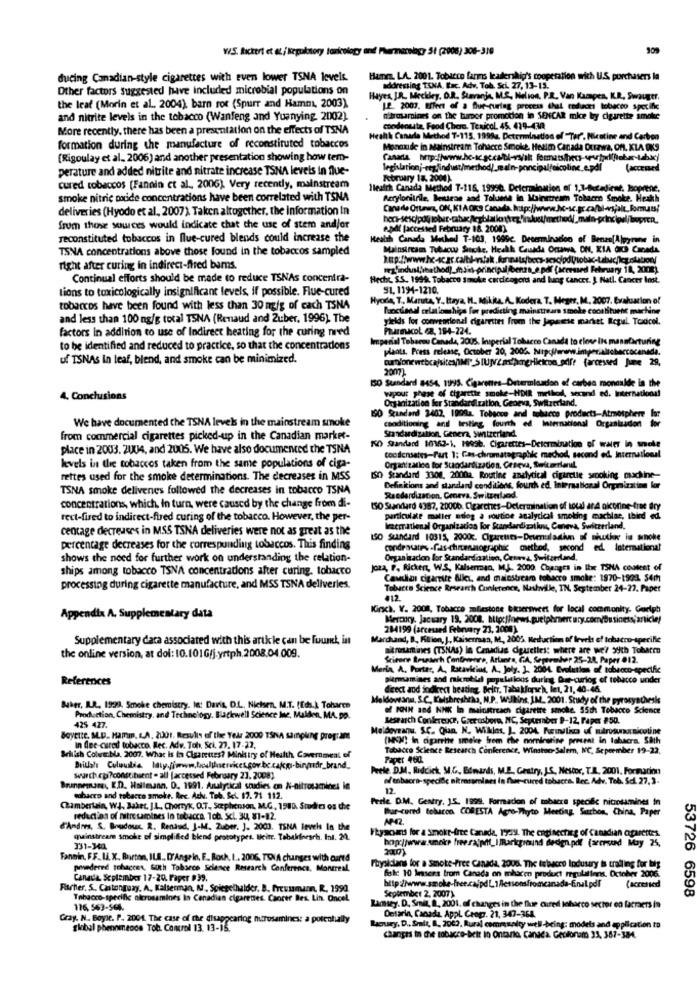
W.S. Rickert et at / krgukstory toxicology and Pharmacology 51 (2006) 308-319
dueing Canadian-style cigarettes with even lower TSNA levels.
Hames, LA. 2001. Tobacco farms leadership's cooperation with U.S. purchasers la
Other factors suggested have included microbial populations on
addressing TONA, Bac. Adv. Tob. Sci. 27, 13-15.
Hayes, JR. Meckley, D.R. Steranje, M.S. Nelion, P.R. Van Kacapes, KR, Swauger.
the leaf (Morin et al. 2004), barn rot (Spurr and Hamnt, 2003)
1.2. 2009. Effect of a Blue-curing process that reduces tobacco specific
and nitrite levels in the tobacco (Wanfeng and Yuanying. 2002)
mitrosarines on the turpor promotion in SENCAR mice bry cigarette smoke
More recently, there has been a presentation on the effects of TSNA
coodeousta, Food Chere. TenicoL 45. 419-430
Health Canada Method T-115. 1999a. Determination of "Ter", Nicotine and Carbon
formation during the manufacture of reconstituted tobaccos
Monoxide in Mainstream Tohacre Smoke. Hekim Canada Durawa, Of. KLA OKS
(Rigoulay et al. 2006) and another presentation showing how tem-
perature and added nitrite and nitrate increase TSNA levels in flue-
legislationj-regfindust/method)_saln-principalfolcoline_e.pdl
(accessed
February 18. 2001).
cured tobaccos [Fannin et al ., 2006), Very recently, mainstream
Health Canada Method T-116, 19956. Determination of 1,3-8-caliene, loprene.
smoke nitric podde concentrations have been correlated with TSNA
Acrylonitrile, Beittese and Tolune in Mainstream Tobacon Smoke. Heakh
deliveries (Hyodo et al, 2007). Taken altogether, the information In
from those sources would indicate chat the use of stem and/or
eupdf [accessed February 18. 2008)
reconstituted tobaccos in flue-cured blends could increase the
Health Canada Mucked T-103, 1999c Determination of Benzo[Alpyrone in
TSNA concentrations above those found in the tobaccos sampled
Mainsircam Tubacwy Smoke, Heakk Causda Orans, ON, XIA dich Canada.
right after curing in indirect-fired bams.
Continual efforts should be made to reduce TSNAs concentra-
Hecht. S.S. 1999. Tobacco Smoke cardicogord and lung Cancer. ). Natl. Cancer Inst.
tions to toxicologically insignificant levels, if possible. Flue-cured
91, 1194-1210.
Hyore, T. Maruta, Y. Itaya, H. Mikka, A. Kodera. T. Meger, M, 2007. Evaluation of
tobarcos have been found with less than 30 mg/g of cach TSNA
Blanctional erlationships for predicting mainstream smoke constituent machine
and less than 100 mg/g total TSNA (Renaud and Zuber, 1996). The
yields for convencional cigarettes from the japanese market Regul. Toxicel.
factors in addition to use of Indirect heating for the curing nred
ParaMIcol 62, 194-224.
Imperial Toberou Canada, 2005. Iniperial Tobacco Canada to close Its manufacturing
to be identified and reduced to practice, so that the concentrations
plants. Press release, October 20, 2005. Nipcflerww.imperialtobaccocanada.
uf TSNAs in leaf, blend, and smoke can be minimized.
paolonewtbcajsites/MP" SIUNVZapmgHickcon_off? farcessed June 29,
150 Standard 8454, 1995. Cigarenes-Determinadon of carbon monoxide in the
wpour phase of cigarette smoke-HDIR method, second ed. International
4. Conclusions
Organization for Standardization, Geneva, Switzerland,
We have documented the TSNA levels in the mainstream smoke
90 Standard 3402, 1999a. Tobacco and tobacco products-Atmosphere lor
conditioning and testing fourth ed. Iinternacional Organizadon
from commercial cigarettes picked-up in the Canadian market-
standardization. Genera, switzerland.
place in 2003. 2004, and 2005. We have also documented the TSNA
KO Sandand 10163-1, 19996. Cigarettes-Determination of water in sole
toodensetes-Part 1: Cas-chromatographic machiod, second ed. International
levels in the tobaccos taken from the same populations of ciga-
Organization for Standardization, Geneva, Switorrianal.
rettes used for the smoke determinations. The decreases in MSS
ISO Standard 3308. 20002. Routine analytical cigarette smoking machine-
TSNA smoke delivenes followed the decreases in tobacco TSNA
Definitions and standard conditions, fourth ed. International Organization for
Standardization. Geneva, Switzerland.
concentrations, which, In turn, were caused by the change from di-
ISO Standard 4387, 2000b. Cigarches-Determination of total at4 nicotine-free dry
rect-fired to indirect-fired curing of the tobacco. However, the per-
particulate maller edog a soutioe analytical smoking machlac, Ibird ed.
centage decreases in MSS TSNA deliveries were not as great as the
rematienal Organizados For Standardizsikus, Caneva, Switzerland,
150 Standard 10315, 20002. Clparents-Deumuladliun of nithe in smoke
percentage decreases for the corresponding tobaccos. This finding
condrostes -fas-chiensographic method, second ed. International
shows the need for further work on understanding the relation-
Organizacion for Standardiaztien, Crimes, Switzerland,
ships among tobacco TSNA concentrations after curing, tobacco
Jozą, F, Rickert, WS, Kalserman, ML. 2000. Changes in Ihe TSNA coutent of
Cawskim cigarrite Nier, and mainstreamo tobacco smoke: 1970-1903. 54₥
processing during cigarette manufacture, and MSS TSNA deliveries.
Tobucce Science Research Conference, Nashville, IN. September 24-27. Paper
012
Kinca. V. 2008, Tobacco meestone bisersweet for local community. Guelph
Appendix A. Supplementary data
Mercury. Jacuary 19, 2008. http:loews.guetphmercury.com/Business;article/
284199 (arceused February 23, 2000)
Supplementary daca associated with this article can be fuunek, in
Marchand, B, Fillion, J, Kaiserman, M ., 2005, Reduction of levels of tobacco-specific
mikrotamines (TSNAs) in Canadie dgaselles: where are we! 99th Toharm
the online version, at doi: 10.101G/j.yrtph.2008.04.009.
Scieore Bestech Centreenre, Atlanta, GA, September 25-22, Paper 012.
Maria A. Portas, A. Racaricias, A ., Joly. J. 2004 Evolution of tobacco-specific
References
pitresamines and microbial populations during Que-curlog of tobacco under
direct and indirect beating. Beitr, Tabakforsch, let, 21, 40-46.
Holdoveanu, S.C. Kuishreshtha, N.P. Wilkins, I.M_ 2001. Study of the pyrosynthesis
Baker, IL.R. 1999, Smoke chemistry. It: Davis, D.L ., Nichsen, M.T. (Eds.) Toharce
of INN and NMIK In mainitreach cigarette smoke. 55ch Tobacco Science
Production, Chemistry, and Technology. Blackwell Science Ine, Malden, MA, pp.
Research Conference, Greensboro, NC, September 9-12, Paper #50.
425 427.
Meldoveanu. S.C. Oun. N. Wikies, J. 2004 Ruemilho of warvansicoune
BoyELLE, AL.D. MamIn. L.A. 2001. Results of the Year 2000 TSNA sainplung program
(e) in cigarette smoke from the morningrine pressat in tabacra. Sath
in flee cured tobacco Bec. Adw. Toh, Sci. 27. 17-27.
Tabacco Science Research Conference, Winston- Salem, NC, Se peember 19-22.
British Cobre bla. 2007. What Is in Cigarettes? Ministry of Health, Covermeal of
Paper 460.
Peele, DM. Riddick, M.G. Edwards, M.E. Gestry, J.S, Nestor, T.R. 2001. Formarion
surch cja ?constituent . all [accessed February 23. 2008).
of enbacca-specific nimasamines in fine-cured tobacra. Rec. Adv. Tob. Sci. 27,3.
Brunnenare E.D. Hallmann, D. 1991. Analytical studies on N-nitrosamines in
12.
euhaero and tobacco smoke. Rec. Adv. Tob. Sc. 17. 71 112.
Perle. D.M. Gentry, 15, 1999. Formation of mbacre specific nicrosamines In
Chamberlain, WJ. Baket, J.L. Chorryk, O.T ., Saphenson, M.G, 1980. Studies on the
Bur-cured telacon CORESTA Agro-Thyto Meeting Surbon, China, Paper
reduction of Fuitre tamines In tobacca. 1ct. ScL. 30, 81-12.
d'Andres. S. Boudouc. R. Renaud, J-M. Zuber. ]. 2003. TSNA levels In the
Ikyaoand for a smoke-free Canada, 19:09. The enginecting of Canadian carentes
mainstream smoke of simplified blend prototypes. beitr. Tabaldforsrh. Inl. 21.
bop://www.smoke free.rajpht_I markground dedign.pdf (arersund May 25,
331-340
Fannin, F.F. I. X. Barton, ILS ., D'Ange in, F ., Roch. I ., 2006, TSNA chunges with cartd
provedered tohacces, Goth Tobacco Science Research Conference, Montreal,
Physicians for a Smoke-free Canada, 2006. The tobacco Industry is trailing for Mis
Canada. September 17-20. Paper 939.
Bele 10 lessens from Canada on mhacen product regulations. October 2006.
Fischer, S .. Cantonguay, A. Kalserman, A .. Spiegelhalder. B. freuumann. R. 1990.
53726 6598
Tobacco-specific olcrossmines in Canadian cigarroes. Cancer Bes. Lin. Oncel.
September 2, 2007)
116, 563-564.
Lattey. D. Smit, ., 2001. of changes in the flue cured loharco sector en lacraers in
Gray. N. Boyle. P. 2001. The case of the disappearing mtrosamines: a potentially
Ontario, Canada, Appl Ceogr. 21, 347-364.
global phenomenos Tob. Control 13. 13-15.
Lacuscy, D ., Smit, B, 2002, Rural community well-being: models and application to
changes in the tobacre-beit in Ontario, Canada. Gecionam 33, 367-384.